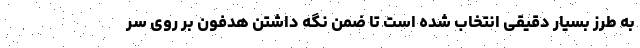
به طرز بسیار دقیقی انتخاب شده است تا ضمن نگه داشتن هدفون بر روی سر